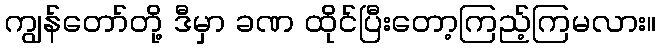
ကျွန်တော်တို့ ဒီမှာ ခဏ ထိုင်ပြီးတော့ကြည့်ကြမလား။